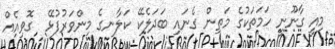
މިއީ ގާނޫނީ ހަމަތަކުގެ މަތިން ގެނައި ބަދަލެކޭ ކަލާނގެ މިންވަރުފުޅޭ  ގޮވިއެއް